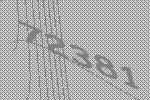
72381